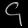
Digit: ၄